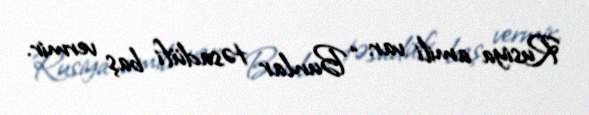
Rusiya amili var: “Bunlar təsadüfi baş vermir.